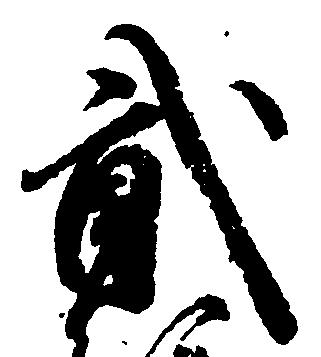
弐